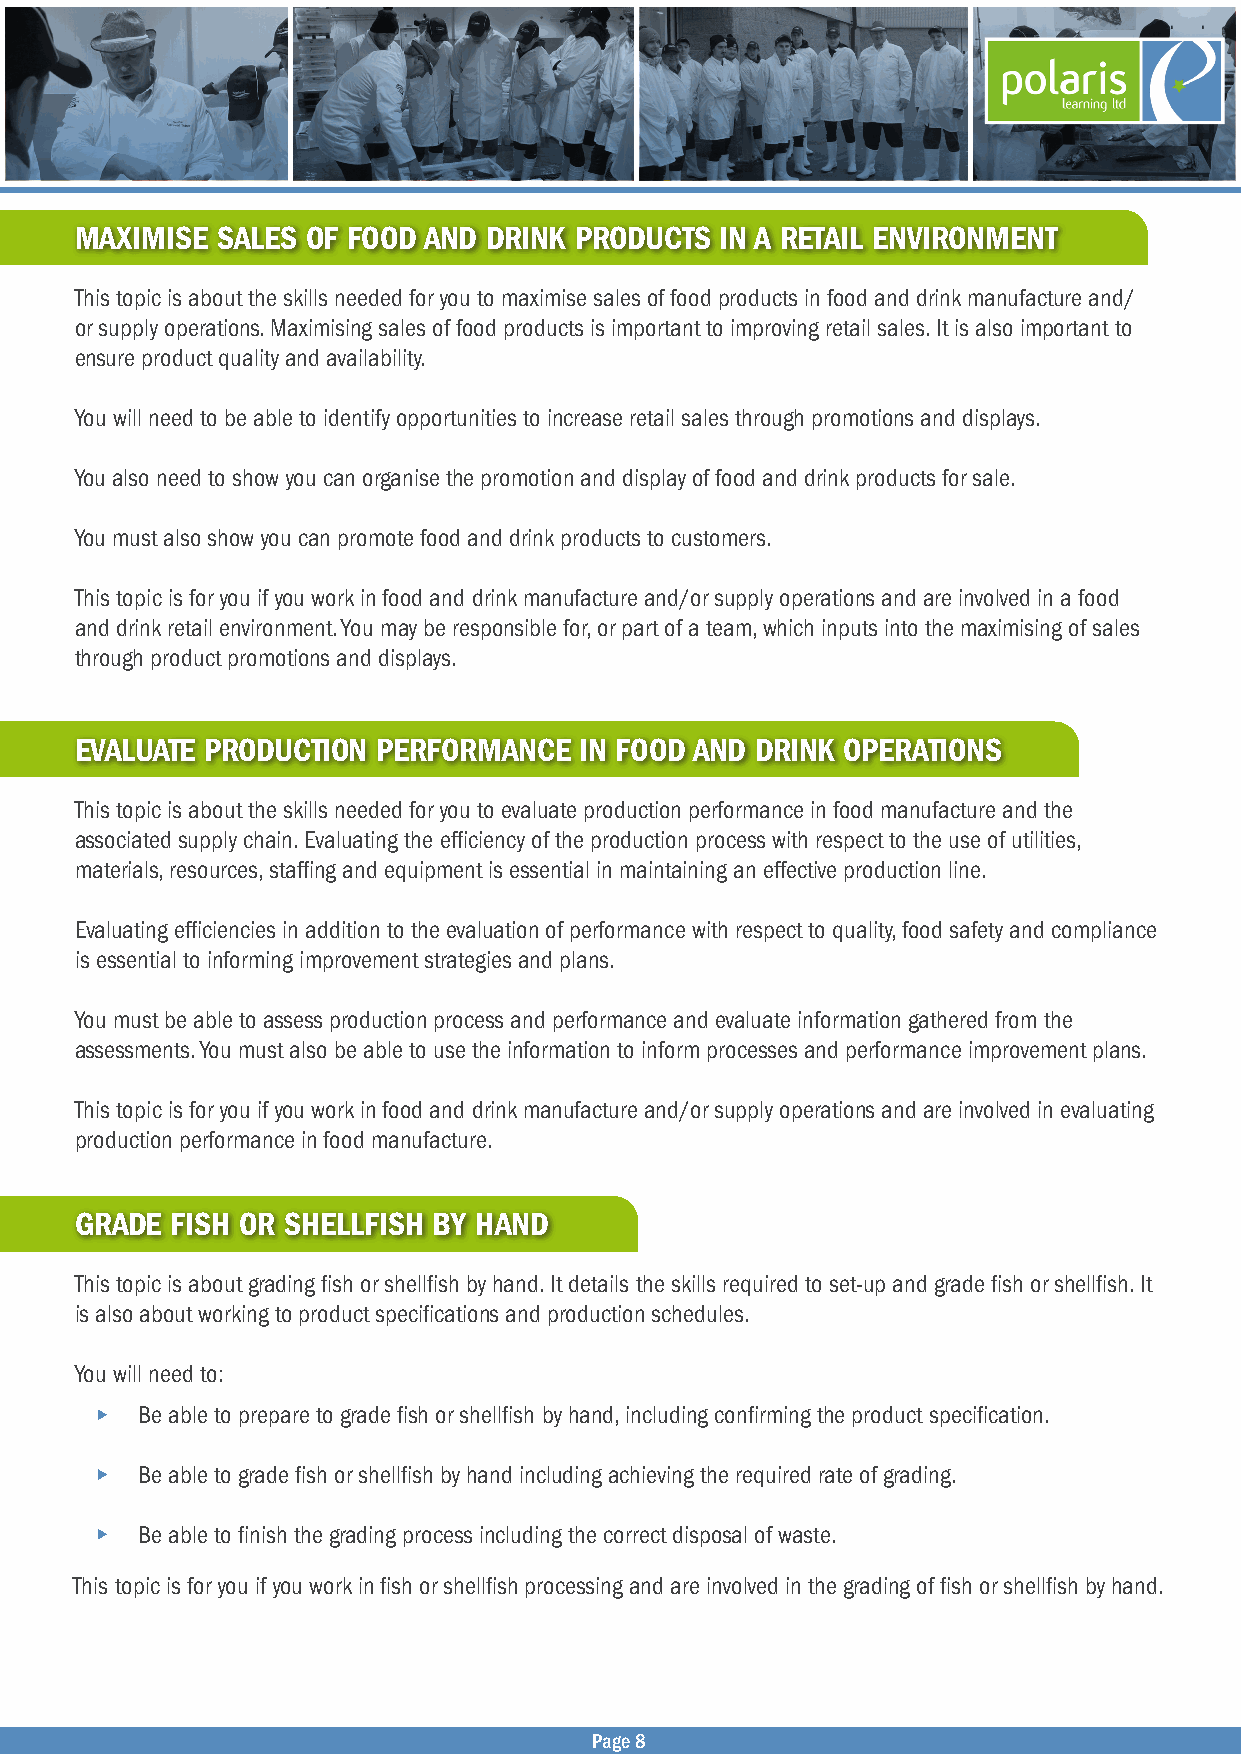
MAXIMISE SALES OF FOOD AND DRINK PRODUCTS  IN A RETAIL ENVIRONMENT
 This topic is about the skills needed for you to maximise sales of food products in food and drink manufacture and/
 or supply operations. Maximising sales of food products is important to improving retail sales. It is also important to
 ensure product quality and availability.
 You will need to be able to identify opportunities to increase retail sales through promotions and displays.
 You also need to show you can organise the promotion and display of food and drink products for sale.
 You must also show you can promote food and drink products to customers.
 This topic is for you if you work in food and drink manufacture and/or supply operations and are involved in a food
 and drink retail environment. You may be responsible for, or part of a team, which inputs into the maximising of sales
 through product promotions and displays.
 EVALUATE PRODUCTION PERFORMANCE  IN FOOD AND DRINK OPERATIONS
 This topic is about the skills needed for you to evaluate production performance in food manufacture and the
 associated supply chain. Evaluating the efficiency of the production process with respect to the use of utilities,
 materials, resources, staffing and equipment is essential in maintaining an effective production line.
 Evaluating efficiencies in addition to the evaluation of performance with respect to quality, food safety and compliance
 is essential to informing improvement strategies and plans.
 You must be able to assess production process and performance and evaluate information gathered from the
 assessments. You must also be able to use the information to inform processes and performance improvement plans.
 This topic is for you if you work in food and drink manufacture and/or supply operations and are involved in evaluating
 production performance in food manufacture.
 GRADE FISH OR SHELLFISH BY HAND
 This topic is about grading fish or shellfish by hand. It details the skills required to set-up and grade fish or shellfish. It
 is also about working to product specifications and production schedules.
 You will need to:
 • Be able to prepare to grade fish or shellfish by hand, including confirming the product specification.
 • Be able to grade fish or shellfish by hand including achieving the required rate of grading.
 • Be able to finish the grading process including the correct disposal of waste.
 This topic is for you if you work in fish or shellfish processing and are involved in the grading of fish or shellfish by hand.
 Page 8